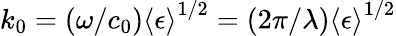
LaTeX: k_{0}=(\omega/c_{0})\left\langle\epsilon\right\rangle^{1/2}=(2\pi/\lambda)\left\langle\epsilon\right\rangle^{1/2}